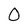
Character: 0